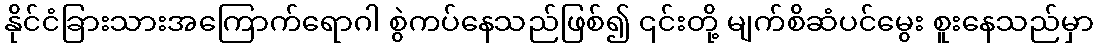
နိုင်ငံခြားသားအကြောက်ရောဂါ စွဲကပ်နေသည်ဖြစ်၍ ၎င်းတို့ မျက်စိဆံပင်မွေး စူးနေသည်မှာ